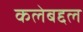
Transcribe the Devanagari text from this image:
कलेबद्दल